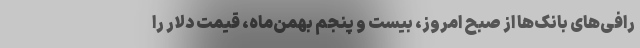
رافی‌های بانک‌ها از صبح امروز، بیست و پنجم بهمن‌ماه، قیمت دلار را